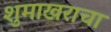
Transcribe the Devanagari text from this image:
शुमाखराचा